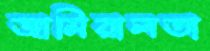
জামিরালতা